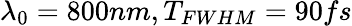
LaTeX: \lambda_{0}=800nm,T_{FWHM}=90fs